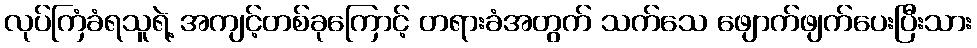
လုပ်ကြံခံရသူရဲ့ အကျင့်တစ်ခုကြောင့် တရားခံအတွက် သက်သေ ဖျောက်ဖျက်ပေးပြီးသား